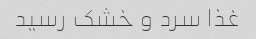
غذا سرد و خشک رسید